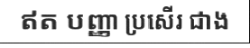
ឥត បញ្ញា ប្រសើរ ជាង